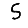
Digit: 5